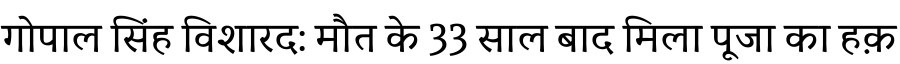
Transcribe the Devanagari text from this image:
गोपाल सिंह विशारद: मौत के 33 साल बाद मिला पूजा का हक़